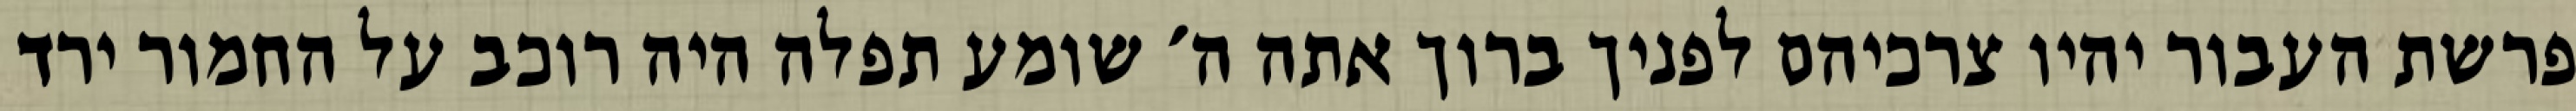
פרשת העבור יהיו צרכיהם לפניך ברוך אתה ה׳ שומע תפלה היה רוכב על החמור ירד